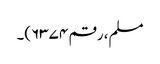
مسلم، رقم ۶۳۷۴)۔